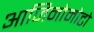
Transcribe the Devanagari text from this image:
आजिनोमोटो